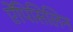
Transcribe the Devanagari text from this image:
ऐंपिसिलिन